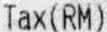
TAX(RM)